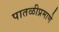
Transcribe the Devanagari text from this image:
पातळीप्रमाणे